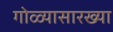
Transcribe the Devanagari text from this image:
गोळ्यासारख्या